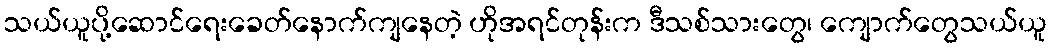
သယ်ယူပို့ဆောင်ရေးခေတ်နောက်ကျနေတဲ့ ဟိုအရင်တုန်းက ဒီသစ်သားတွေ၊ ကျောက်တွေသယ်ယူ